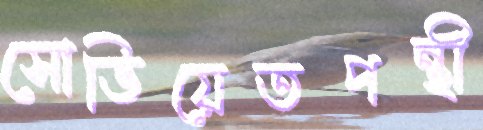
সোভিয়েতপন্থী